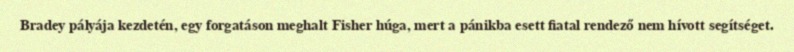
Bradey pályája kezdetén, egy forgatáson meghalt Fisher húga, mert a pánikba esett fiatal rendező nem hívott segítséget.